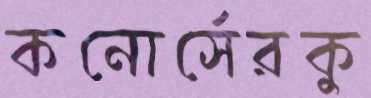
কনোর্সেরকু